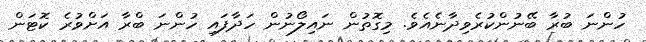
ހުންނަ ބުރާ ބޭނުންކުރެވިދާނެއެވެ. މިގޮތުން ނައިލޯނުން ހަދާފައި ހުންނަ ބްރާ އަށްވުރެ ކޮޓަން